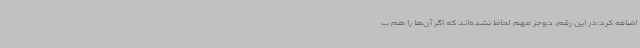
اضافه کرد:در این رقم، دوجز مهم لحاظ نشده‌اند که اگر آن‌ها را هم ب